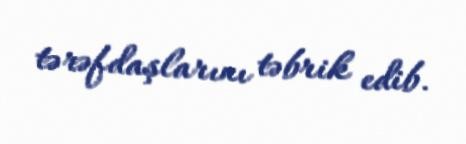
tərəfdaşlarını təbrik edib.